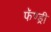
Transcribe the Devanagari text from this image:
फॅण्ड्री